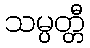
သမ္ပတ္တီ